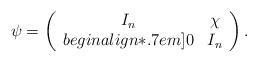
LaTeX: \begin{align*}\psi = \left( \begin{array}{cc}I_n & \chi \\begin{align*}.7em]0 & I_n\end{array} \right).\end{align*}